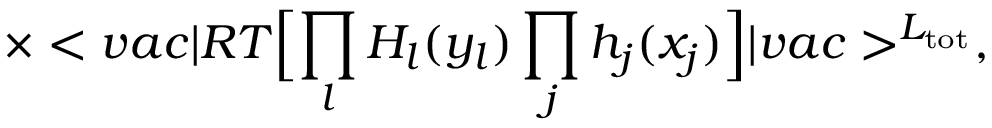
\times < v a c \vert R T \Bigl [ \prod _ { l } H _ { l } ( y _ { l } ) \prod _ { j } h _ { j } ( x _ { j } ) \Bigr ] \vert v a c > ^ { { \cal L } _ { \mathrm { t o t } } } ,